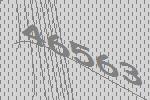
46563